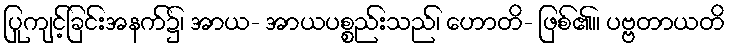
ပြုကျင့်ခြင်းအနက်၌၊ အာယ- အာယပစ္စည်းသည်၊ ဟောတိ- ဖြစ်၏။ ပဗ္ဗတာယတိ